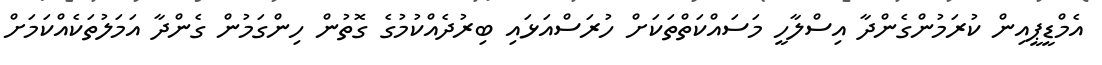
އެމްޑީޕީއިން ކުރަމުންގެންދާ އިސްލާހީ މަސައްކަތްތަކަށް ހުރަސްއަޅައި ބިރުދެއްކުމުގެ ގޮތުން ހިންގަމުން ގެންދާ އަމަލުތަކެއްކަމަށް